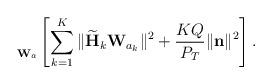
LaTeX: \begin{align*}\begin{aligned}\underset{\mathbf{W}_a}{} \left[\sum_{k=1}^K \|\widetilde{\mathbf{H}}_k\mathbf{W}_{a_k} \|^2 + \frac{KQ}{P_{T}}\|\mathbf{n} \|^2 \right].\end{aligned}\end{align*}